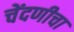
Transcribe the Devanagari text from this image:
चेंदणीचा